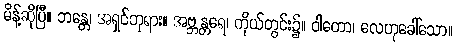
မိန့်ဆိုပြီ။ ဘန္တေ၊ အရှင်ဘုရား။ အဗ္ဘန္တရေ၊ ကိုယ်တွင်း၌။ ဝါတော၊ လေဟုခေါ်သော။